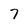
Character: 7